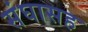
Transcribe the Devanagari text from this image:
संघासह